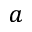
a